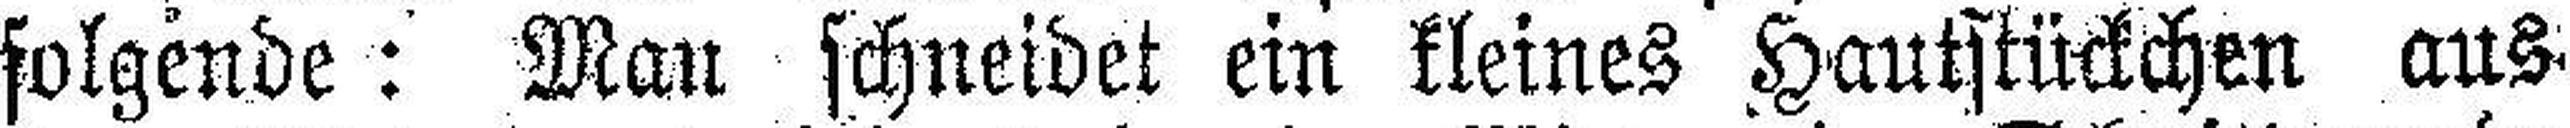
folgende: Man schneidet ein kleines Hautstückchen aus